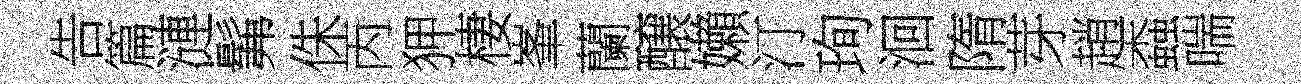
告篇漣髴侏丙狎棲峯蘭醸嬾汀珣洄隋芽趙螙喘